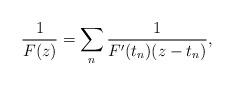
LaTeX: \begin{align*}\frac{1}{F(z)} = \sum_n \frac{1}{F'(t_n)(z-t_n)},\end{align*}